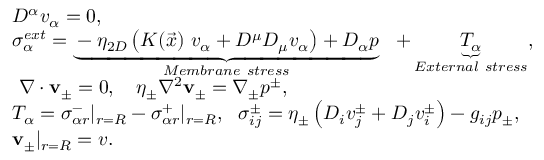
\begin{array} { r l } & { D ^ { \alpha } v _ { \alpha } = 0 , } \\ & { \sigma _ { \alpha } ^ { e x t } = \underbrace { - \eta _ { 2 D } \left( K ( \vec { x } ) ~ v _ { \alpha } + D ^ { \mu } D _ { \mu } v _ { \alpha } \right) + D _ { \alpha } p } _ { M e m b r a n e ~ s t r e s s } ~ ~ + \underbrace { T _ { \alpha } } _ { E x t e r n a l ~ s t r e s s } , } \\ & { ~ \nabla \cdot { \bf v } _ { \pm } = 0 , ~ ~ ~ \eta _ { \pm } \nabla ^ { 2 } { \bf v } _ { \pm } = \nabla _ { \pm } p ^ { \pm } , } \\ & { T _ { \alpha } = \sigma _ { \alpha r } ^ { - } | _ { r = R } - \sigma _ { \alpha r } ^ { + } | _ { r = R } , ~ ~ \sigma _ { i j } ^ { \pm } = \eta _ { \pm } \left( D _ { i } v _ { j } ^ { \pm } + D _ { j } v _ { i } ^ { \pm } \right) - g _ { i j } p _ { \pm } , } \\ & { { \bf v } _ { \pm } | _ { r = R } = v . } \end{array}